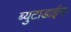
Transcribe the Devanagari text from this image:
ब्युटाडाईन